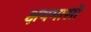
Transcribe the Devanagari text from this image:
क्षयमासों